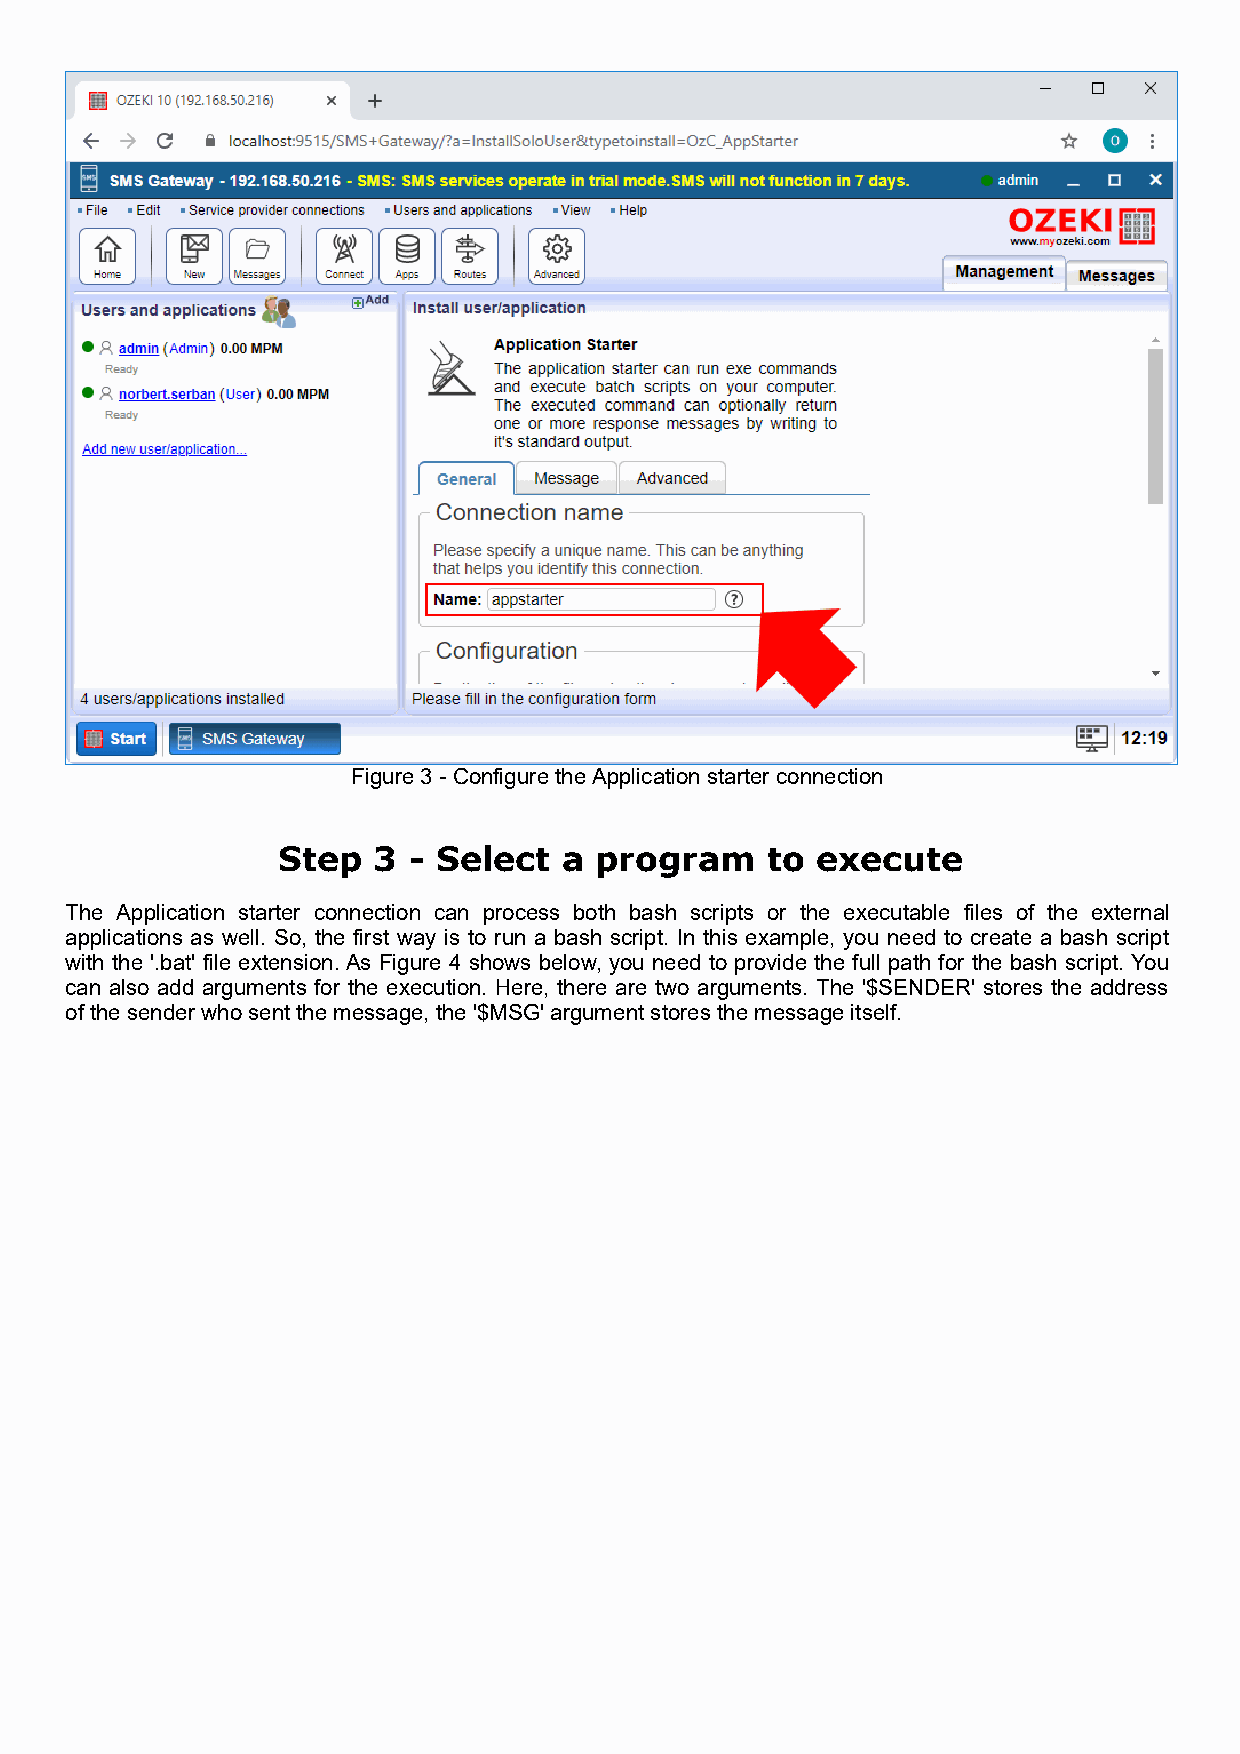
Figure 3 - Configure the Application starter connection
 Step   3 - Select  a program     to execute
 The Application starter connection can process both bash scripts or the executable files of the external
 applications as well. So, the first way is to run a bash script. In this example, you need to create a bash script
 with the '.bat' file extension. As Figure 4 shows below, you need to provide the full path for the bash script. You
 can also add arguments for the execution. Here, there are two arguments. The '$SENDER' stores the address
 of the sender who sent the message, the '$MSG' argument stores the message itself.